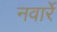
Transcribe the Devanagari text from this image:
नवार्रे